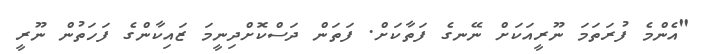
"އެންމެ ފުރަތަމަ ނޫރީއަކަށް ނޭނގެ ފަތާކަށް. ފަތަން ދަސްކޮށްދިނީމަ ޒައިކާންގެ ފަހަތުން ނޫރީ